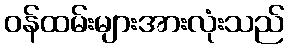
ဝန်ထမ်းများအားလုံးသည်